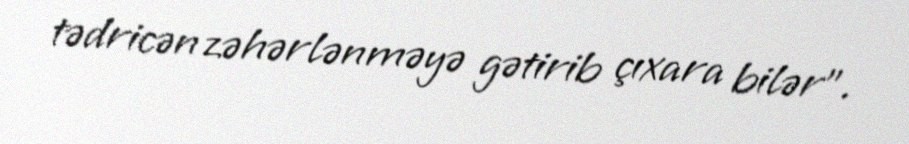
tədricən zəhərlənməyə gətirib çıxara bilər”.